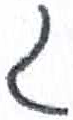
אות: ג